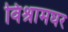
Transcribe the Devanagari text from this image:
विश्रामघर